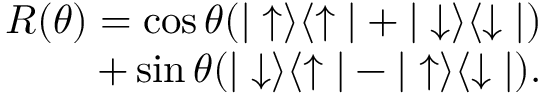
\begin{array} { r } { R ( \theta ) = \cos { \theta } ( \vert \uparrow \rangle \langle \uparrow \vert + \vert \downarrow \rangle \langle \downarrow \vert ) } \\ { + \sin { \theta } ( \vert \downarrow \rangle \langle \uparrow \vert - \vert \uparrow \rangle \langle \downarrow \vert ) . } \end{array}